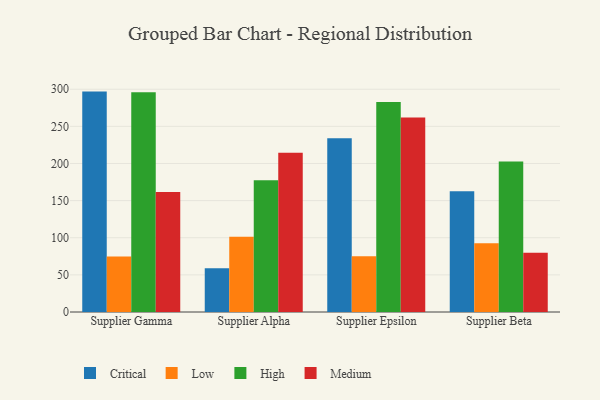
{"axis": {"x": "Supplier", "y": "Gross Profit (USD K)"}, "legend": ["Critical", "High", "Low", "Medium"], "data": [{"x": "Supplier Gamma", "y": 296.8, "type": "Critical"}, {"x": "Supplier Gamma", "y": 74.9, "type": "Low"}, {"x": "Supplier Gamma", "y": 295.8, "type": "High"}, {"x": "Supplier Gamma", "y": 161.5, "type": "Medium"}, {"x": "Supplier Alpha", "y": 58.8, "type": "Critical"}, {"x": "Supplier Alpha", "y": 101.5, "type": "Low"}, {"x": "Supplier Alpha", "y": 177.3, "type": "High"}, {"x": "Supplier Alpha", "y": 214.5, "type": "Medium"}, {"x": "Supplier Epsilon", "y": 233.9, "type": "Critical"}, {"x": "Supplier Epsilon", "y": 75.2, "type": "Low"}, {"x": "Supplier Epsilon", "y": 282.7, "type": "High"}, {"x": "Supplier Epsilon", "y": 262.0, "type": "Medium"}, {"x": "Supplier Beta", "y": 162.7, "type": "Critical"}, {"x": "Supplier Beta", "y": 92.5, "type": "Low"}, {"x": "Supplier Beta", "y": 202.7, "type": "High"}, {"x": "Supplier Beta", "y": 79.9, "type": "Medium"}]}